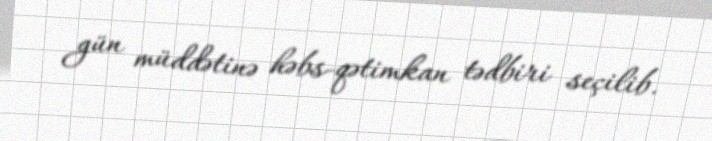
gün müddətinə həbs-qətimkan tədbiri seçilib.